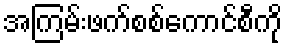
အကြမ်းဖက်စစ်ကောင်စီကို